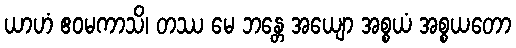
ယာဟံ ဧဝမကာသိ၊ တဿ မေ ဘန္တေ အယျော အစ္စယံ အစ္စယတော